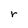
Character: r